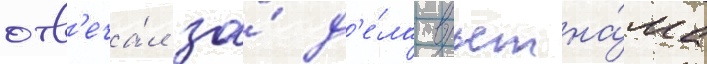
отв'еча́л за́ д'е́ла вьетна́ма